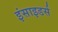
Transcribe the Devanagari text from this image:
इंसाइडर्स